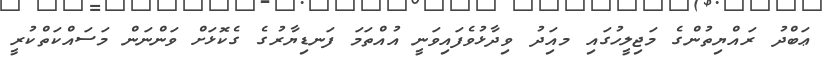
ޢަބްދު ރައްޔިތުންގެ މަޖިލީހުގައި މއިަދު ވިދާޅުވެފައިވަނީ އުއްތަމަ ފަނޑިޔާރުގެ ގެކޮޅަށް ވަންނަން މަސައްކަތްކުރީ